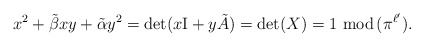
\begin{align*}x^2+\tilde{ \beta} xy +\tilde{\alpha}y^2=\det(x\mathrm{I}+y \tilde{A})=\det(X)=1\,\, \mathrm{mod}\,(\pi^{\ell'}).\end{align*}